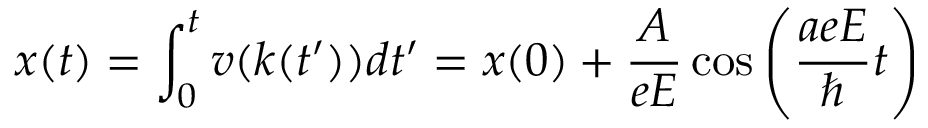
x ( t ) = \int _ { 0 } ^ { t } { v ( k ( t ^ { \prime } ) ) } { d t ^ { \prime } } = x ( 0 ) + { \frac { A } { e E } } \cos \left( { { \frac { a e E } { \hbar } } t } \right)